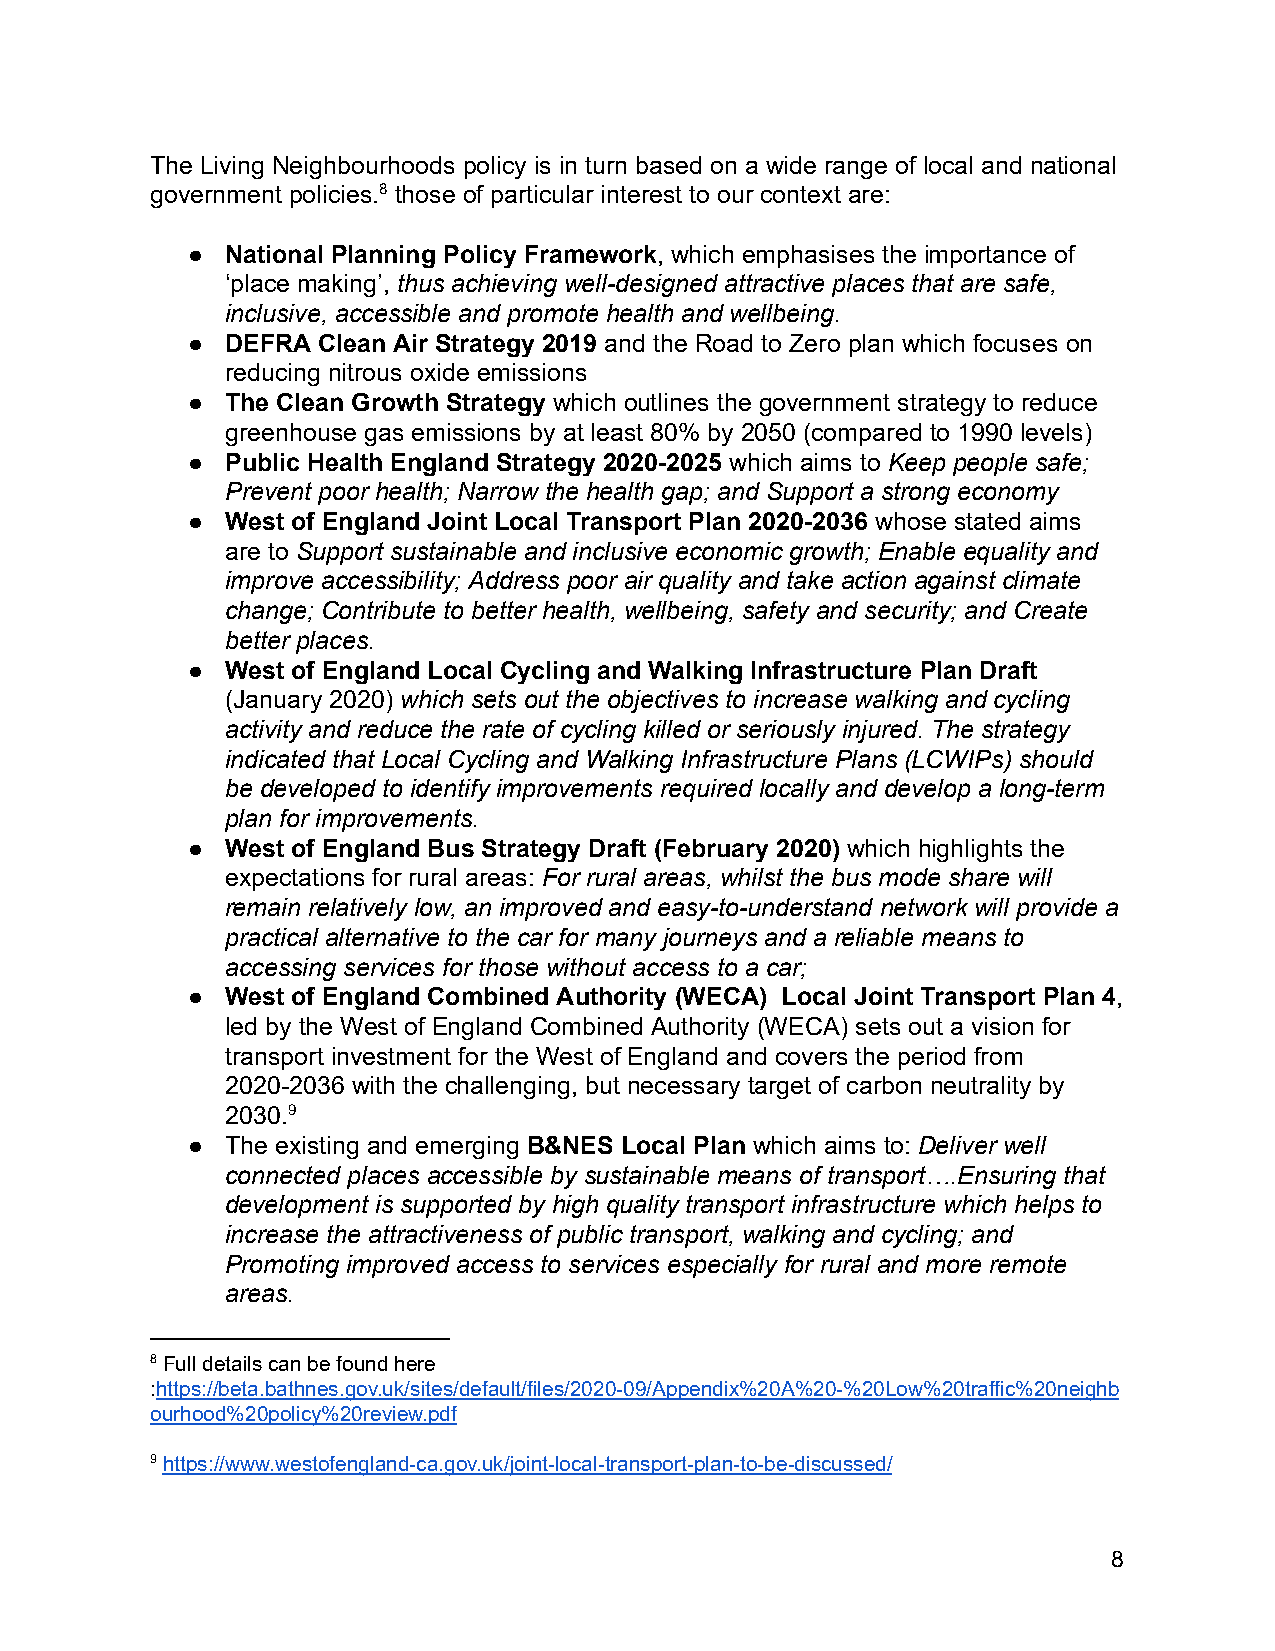
The Living Neighbourhoods policy is in turn based on a wide range of local and national
 government policies.8 those of particular interest to our context are:
 ●  National Planning Policy Framework, which emphasises the importance of
 ‘place making’, t hus achieving well-designed attractive places that are safe,
 inclusive, accessible and promote health and wellbeing.
 ●  DEFRA Clean Air Strategy 2019 a nd the Road to Zero plan which focuses on
 reducing nitrous oxide emissions
 ●  The Clean Growth Strategy w hich outlines the government strategy to reduce
 greenhouse gas emissions by at least 80% by 2050 (compared to 1990 levels)
 ●  Public Health England Strategy 2020-2025 which aims to Keep people safe;
 Prevent poor health; Narrow the health gap; and Support a strong economy
 ●  West of England Joint Local Transport Plan 2020-2036 whose stated aims
 are to Support sustainable and inclusive economic growth; Enable equality and
 improve accessibility; Address poor air quality and take action against climate
 change; Contribute to better health, wellbeing, safety and security; and Create
 better places.
 ●  West of England Local Cycling and Walking Infrastructure Plan Draft
 (January 2020) which sets out the objectives to increase walking and cycling
 activity and reduce the rate of cycling killed or seriously injured. The strategy
 indicated that Local Cycling and Walking Infrastructure Plans (LCWIPs) should
 be developed to identify improvements required locally and develop a long-term
 plan for improvements.
 ●  West of England Bus Strategy Draft (February 2020) which highlights the
 expectations for rural areas: For rural areas, whilst the bus mode share will
 remain relatively low, an improved and easy-to-understand network will provide a
 practical alternative to the car for many journeys and a reliable means to
 accessing services for those without access to a car;
 ●  West of England Combined Authority (WECA) Local Joint Transport Plan 4 ,
 led by the West of England Combined Authority (WECA) sets out a vision for
 transport investment for the West of England and covers the period from
 2020-2036 with the challenging, but necessary target of carbon neutrality by
 2030.9
 ●  The existing and emerging B &NES Local Plan which aims to: D eliver well
 connected places accessible by sustainable means of transport….Ensuring that
 development is supported by high quality transport infrastructure which helps to
 increase the attractiveness of public transport, walking and cycling; and
 Promoting improved access to services especially for rural and more remote
 areas.
 8 Full details can be found here
 :h ttps://beta.bathnes.gov.uk/sites/default/files/2020-09/Appendix%20A%20-%20Low%20traffic%20neighb
 ourhood%20policy%20review.pdf
 9 h ttps://www.westofengland-ca.gov.uk/joint-local-transport-plan-to-be-discussed/
 8